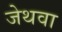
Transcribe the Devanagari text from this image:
जेथवा